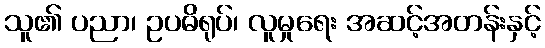
သူ၏ ပညာ၊ ဥပဓိရုပ်၊ လူမှုရေး အဆင့်အတန်းနှင့်